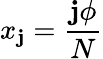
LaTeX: x_{\mathbf{j}}={\frac{{\mathbf{j}\phi}}{{N}}}